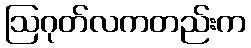
ဩဂုတ်လကတည်းက